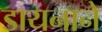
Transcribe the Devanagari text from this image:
डायनाने